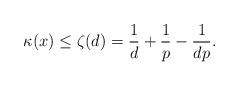
LaTeX: \begin{align*} \kappa(x) \leq \zeta(d) = \frac1d + \frac1p - \frac1{dp}.\end{align*}